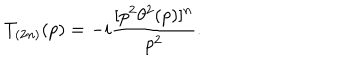
T _ { ( 2 n ) } ( p ) = - i \frac { [ p ^ { 2 } \theta ^ { 2 } ( p ) ] ^ { n } } { p ^ { 2 } } .